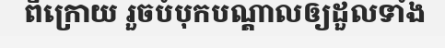
ពីក្រោយ រួចបំបុកបណ្តាលឲ្យដួលទាំង